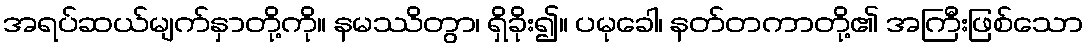
အရပ်ဆယ်မျက်နှာတို့ကို။ နမဿိတွာ၊ ရှိခိုး၍။ ပမုခေါ၊ နတ်တကာတို့၏ အကြီးဖြစ်သော